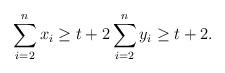
LaTeX: \begin{align*}\sum_{i=2}^n x_i \ge t+2 \sum_{i=2}^n y_i \ge t+2.\end{align*}